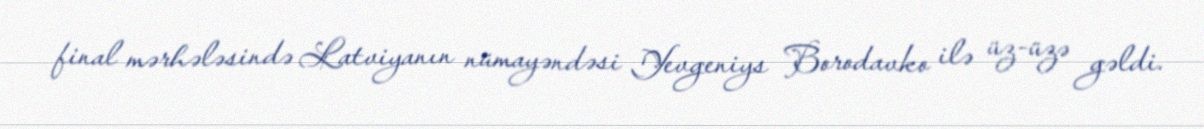
final mərhələsində Latviyanın nümayəndəsi Yevgeniys Borodavko ilə üz-üzə gəldi.